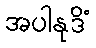
အပါနုဒိံ